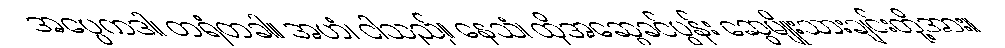
အပ္ပေကဒါ၊ တရံတခါ။ အဟံ၊ ငါသည်။ နေသံ၊ ထိုအဆွေခင်ပွန်း ဆွေမျိုးသားချင်းတို့အား။